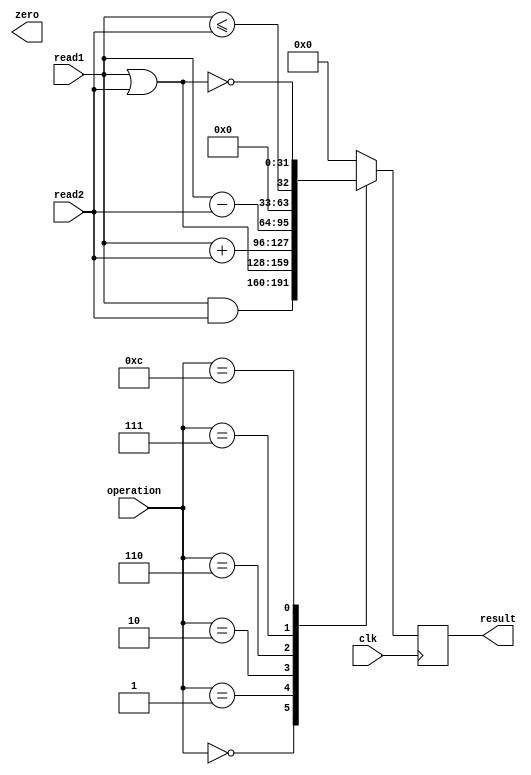
module alu(
input clk,
input wire[31:0] read1,
input wire[31:0] read2, 
input wire[3:0] operation, 
output reg[31:0] result,
output reg zero);


always @(posedge clk) begin
case (operation)
	4'b0000: result = read1 & read2;  //bitwise and
	4'b0001: result = read1 | read2;  //bitwise or
	4'b0010: result = read1 + read2;  //arithmetic add
	4'b0110: result = read1 - read2;  //arithmetic substract
	4'b0111: result = read1 <= read2; //relational sll
	4'b1100: result = read1 ~| read2;  //reduction NOR
	default: result = 0;
endcase
	
end
endmodule